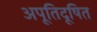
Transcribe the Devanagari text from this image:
अपूतिदूषित